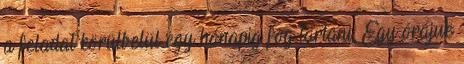
a feladat körülbelül egy hónapig fog tartani. Egy órájuk